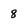
Character: 8